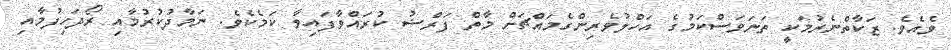
ވެއެވެ. ޒަކާތްނެރުމަކީ ތަނަވަސްކަމުގެ އަހްލުވެރިންގެމައްޗަށް މާތް ފަރްޟު ކުރައްވާފައިވާ ކަމެކެވެ. ނަމާދުކުރުމާއި ރޯދަހިފުމާއި